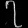
Digit: ၇